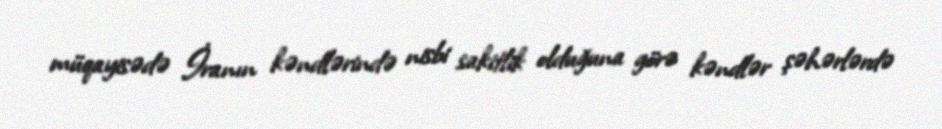
müqayisədə İranın kəndlərində nisbi sakitlik olduğuna görə kəndlər şəhərlərdə